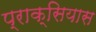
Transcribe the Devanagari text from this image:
प्राक्सियास